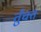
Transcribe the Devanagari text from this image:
तुँचत्त